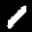
Label: 1